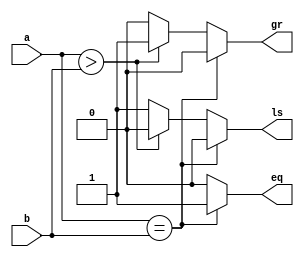
`timescale 1ns/1ps
module comp(a,b,eq,gr,ls);
parameter N=8;
input [N-1:0]a,b;
output reg eq,gr,ls; // a equal,a greater,a lesser
always @(a or b)
begin
eq=0;
gr=0;
ls=0;
if(a==b)
 eq=1;
else if(a>b)
 gr=1;
else
 ls=1;
end
endmodule